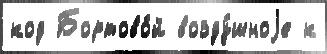
код Бортово́й возду́шноjе к